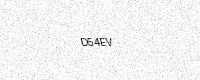
Text: D54EV